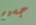
جسيم